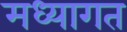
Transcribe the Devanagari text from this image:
मध्यागत